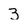
Character: 3